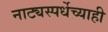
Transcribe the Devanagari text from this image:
नाट्यस्पर्धेच्याही